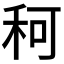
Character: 𥞍